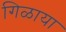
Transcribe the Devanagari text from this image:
गिळाया